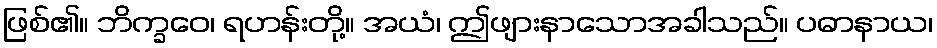
ဖြစ်၏။ ဘိက္ခဝေ၊ ရဟန်းတို့။ အယံ၊ ဤဖျားနာသောအခါသည်။ ပဓာနာယ၊